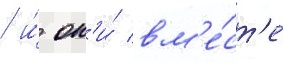
/ и́ он'и́ вм'е́ст'е